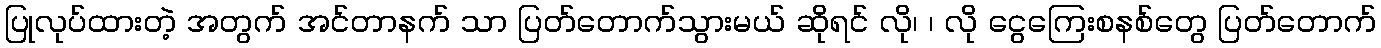
ပြုလုပ်ထားတဲ့ အတွက် အင်တာနက် သာ ပြတ်တောက်သွားမယ် ဆိုရင် လို၊ ၊ လို ငွေကြေးစနစ်တွေ ပြတ်တောက်